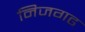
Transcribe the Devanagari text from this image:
निजगढ